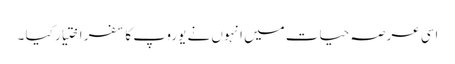
اسی عرصہ حیات میں انہوں نے یوروپ کا سفر اختیار کیا ۔